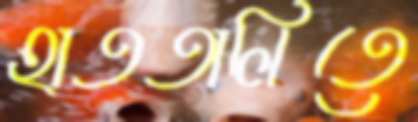
হাততালিতে